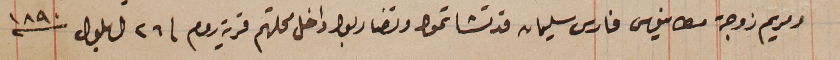
ومريم زوجة مطانيوس فارس سليمان قد تشاتموا وتضاربوا داخل محلتهم قرية روم فى ٢٦ ايلول سنة ١٨٩٠